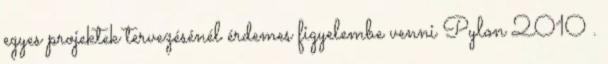
egyes projektek tervezésénél érdemes figyelembe venni Pylon 2010 .